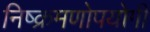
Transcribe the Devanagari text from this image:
निष्क्रमणोपयोगी